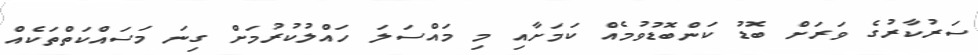
ސަރުކާރުގެ ވަރަށް ބޮޑު ކަންބޮޑުވުމެއް ކަމަށާއި މި މައްސަލަ ހައްލުކުރުމަށް ގިނަ މަސައްކަތްތަކެއް